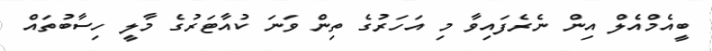
ބީއެމްއެލް އިން ނެރެފައިވާ މި އަހަރުގެ ތިން ވަނަ ކުއާޓަރުގެ މާލީ ހިސާބުތައް